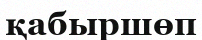
қабыршөп